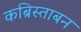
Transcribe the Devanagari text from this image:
कब्रिस्ताबन